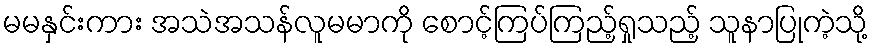
မမနှင်းကား အသဲအသန်လူမမာကို စောင့်ကြပ်ကြည့်ရှုသည့် သူနာပြုကဲ့သို့